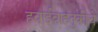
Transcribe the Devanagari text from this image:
हवाईवाहतुकीचे